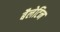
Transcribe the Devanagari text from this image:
बैलेटिन